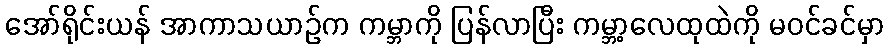
အော်ရိုင်းယန် အာကာသယာဉ်က ကမ္ဘာကို ပြန်လာပြီး ကမ္ဘာ့လေထုထဲကို မဝင်ခင်မှာ